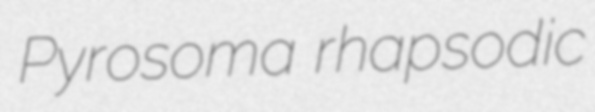
Pyrosoma rhapsodic